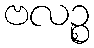
ဗလဉ္စ